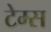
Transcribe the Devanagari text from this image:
टेम्‍स